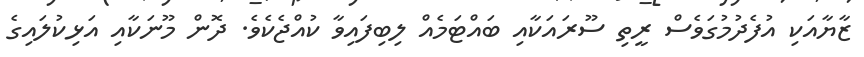
ޒާޔާއަކި އުފެދުމުގަވެސް ރީތި ސޫރައަކާއި ބައްޓަމެއް ލިބިފައިވާ ކުއްޖެކެވެ. ދޮން މޫނަކާއި އަޅިކުލައިގެ